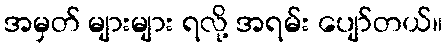
အမှတ် များများ ရလို့ အရမ်း ပျော်တယ်။